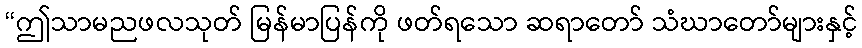
“ဤသာမညဖလသုတ် မြန်မာပြန်ကို ဖတ်ရသော ဆရာတော် သံဃာတော်များနှင့်